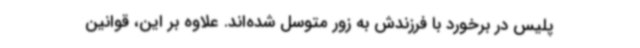
پلیس در برخورد با فرزندش به زور متوسل شده‌اند. علاوه بر این، قوانین